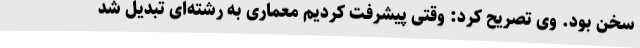
سخن بود. وی تصریح کرد: وقتی پیشرفت کردیم معماری به رشته‌ای تبدیل شد